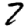
Digit: 7